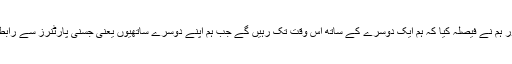
وہ کہتی ہیں 'ہم ایک ساتھ تھے اور ہم نے فیصلہ کیا کہ ہم ایک دوسرے کے ساتھ اس وقت تک رہیں گے جب ہم اپنے دوسرے ساتھیوں یعنی جسنی پارٹنرز سے رابطے کی خواہش پیدا نہیں کر لیتے۔